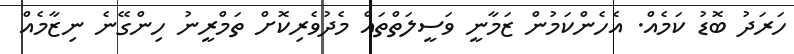
ހަރަދު ބޮޑު ކަމެއް. އެހެންކަމުން ޒަމާނީ ވަސީލަތްތައް މެދުވެރިކޮށް ތަމްރީނު ހިންގޭނެ ނިޒާމެއް